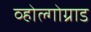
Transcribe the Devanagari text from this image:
व्होल्गोग्राड